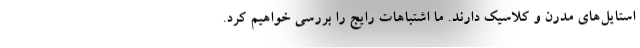
استایل‌های مدرن و کلاسیک دارند. ما اشتباهات رایج را بررسی خواهیم کرد.